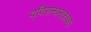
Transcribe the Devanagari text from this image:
द्विसन्धनकाव्य